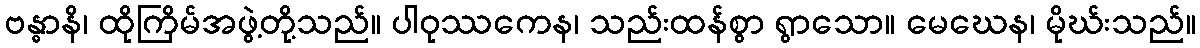
ဗန္ဓာနိ၊ ထိုကြိမ်အဖွဲ့တို့သည်။ ပါဝုဿကေန၊ သည်းထန်စွာ ရွာသော။ မေဃေန၊ မိုဃ်းသည်။